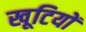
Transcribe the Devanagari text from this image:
खूटियों